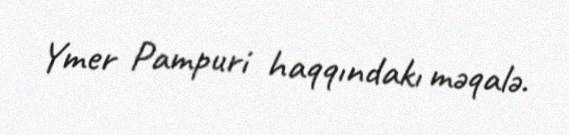
Ymer Pampuri haqqındakı məqalə.